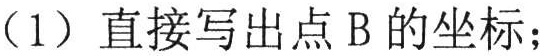
（1）直接写出点 B 的坐标；